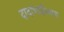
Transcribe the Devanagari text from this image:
दादाभाईंच्याच